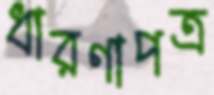
ধারণাপত্র